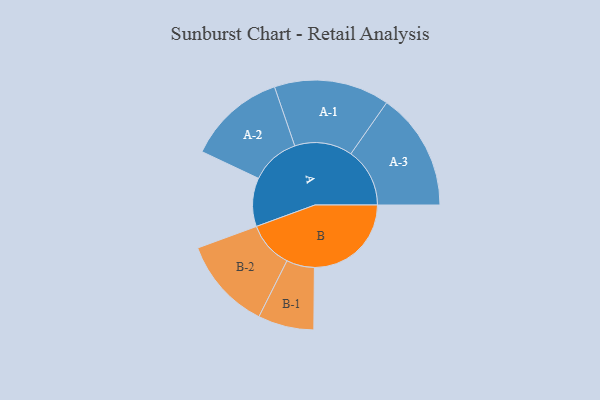
{"axis": {"x": "Segment", "y": "Value"}, "legend": ["", "A", "B"], "data": [{"x": "A", "y": 212, "type": ""}, {"x": "B", "y": 423, "type": ""}, {"x": "A-1", "y": 252, "type": "A"}, {"x": "A-2", "y": 214, "type": "A"}, {"x": "A-3", "y": 257, "type": "A"}, {"x": "B-1", "y": 122, "type": "B"}, {"x": "B-2", "y": 202, "type": "B"}]}